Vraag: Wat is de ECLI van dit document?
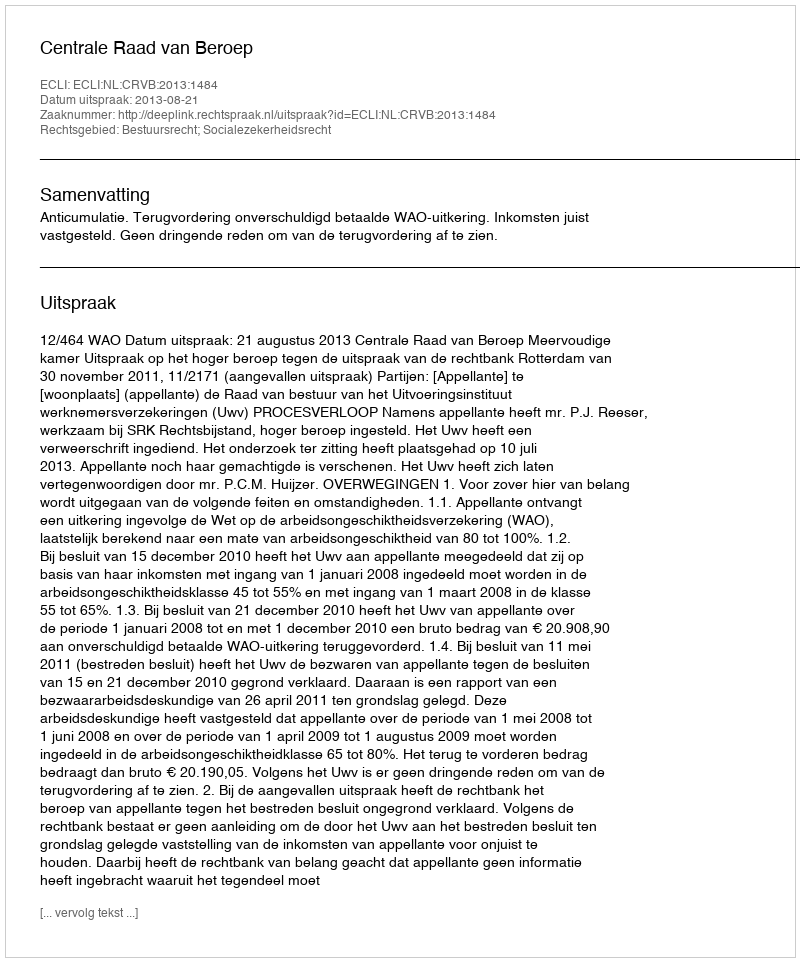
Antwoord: ECLI:NL:CRVB:2013:1484